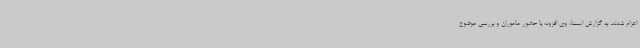
اعزام شدند. به گزارش ایسنا، وی افزود: با حضور ماموران و بررسی موضوع